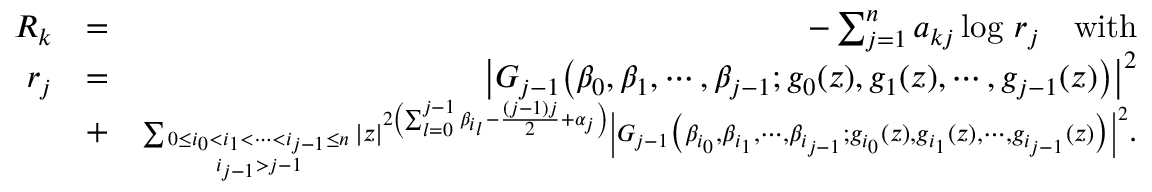
\begin{array} { r l r } { R _ { k } } & { = } & { - \sum _ { j = 1 } ^ { n } a _ { k j } \log \, r _ { j } \quad \mathrm { w i t h } } \\ { r _ { j } } & { = } & { \left| G _ { j - 1 } \big ( \beta _ { 0 } , \beta _ { 1 } , \cdots , \beta _ { j - 1 } ; g _ { 0 } ( z ) , g _ { 1 } ( z ) , \cdots , g _ { j - 1 } ( z ) \big ) \right| ^ { 2 } } \\ & { + } & { { \scriptstyle \sum _ { 0 \le i _ { 0 } < i _ { 1 } < \cdots < i _ { j - 1 } \le n \atop i _ { j - 1 } > j - 1 } \left| z \right| ^ { 2 \left( \sum _ { l = 0 } ^ { j - 1 } \beta _ { i _ { l } } - \frac { ( j - 1 ) j } { 2 } + \alpha _ { j } \right) } \left| G _ { j - 1 } \big ( \beta _ { i _ { 0 } } , \beta _ { i _ { 1 } } , \cdots , \beta _ { i _ { j - 1 } } ; g _ { i _ { 0 } } ( z ) , g _ { i _ { 1 } } ( z ) , \cdots , g _ { i _ { j - 1 } } ( z ) \big ) \right| ^ { 2 } } . } \end{array}